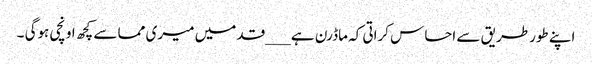
اپنے طورطریق سے احساس کراتی کہ ماڈرن ہے ___قد میں میری مما سے کچھ اونچی ہوگی ۔